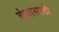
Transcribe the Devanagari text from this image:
बंधासाठी